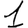
Digit: 1